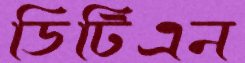
ডিটিএন